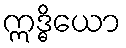
ဣဒ္ဓိယော